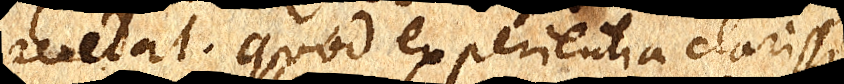
accedat. Quod experientia clarissi–